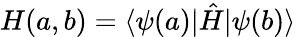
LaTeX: H(a,b)=\langle\psi(a)|\hat{H}|\psi(b)\rangle